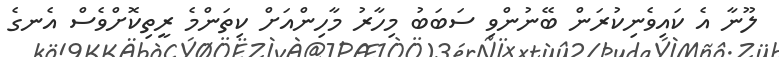
ލޫނާ އެ ކައިވެނިކުރަން ބޭނުންވި ސަބަބު މިހާރު މާހިންއަށް ކިތަންމެ ރީތިކޮށްވެސް އެނގެ